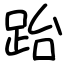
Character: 跆